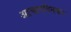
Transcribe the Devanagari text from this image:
आचारदिनकर